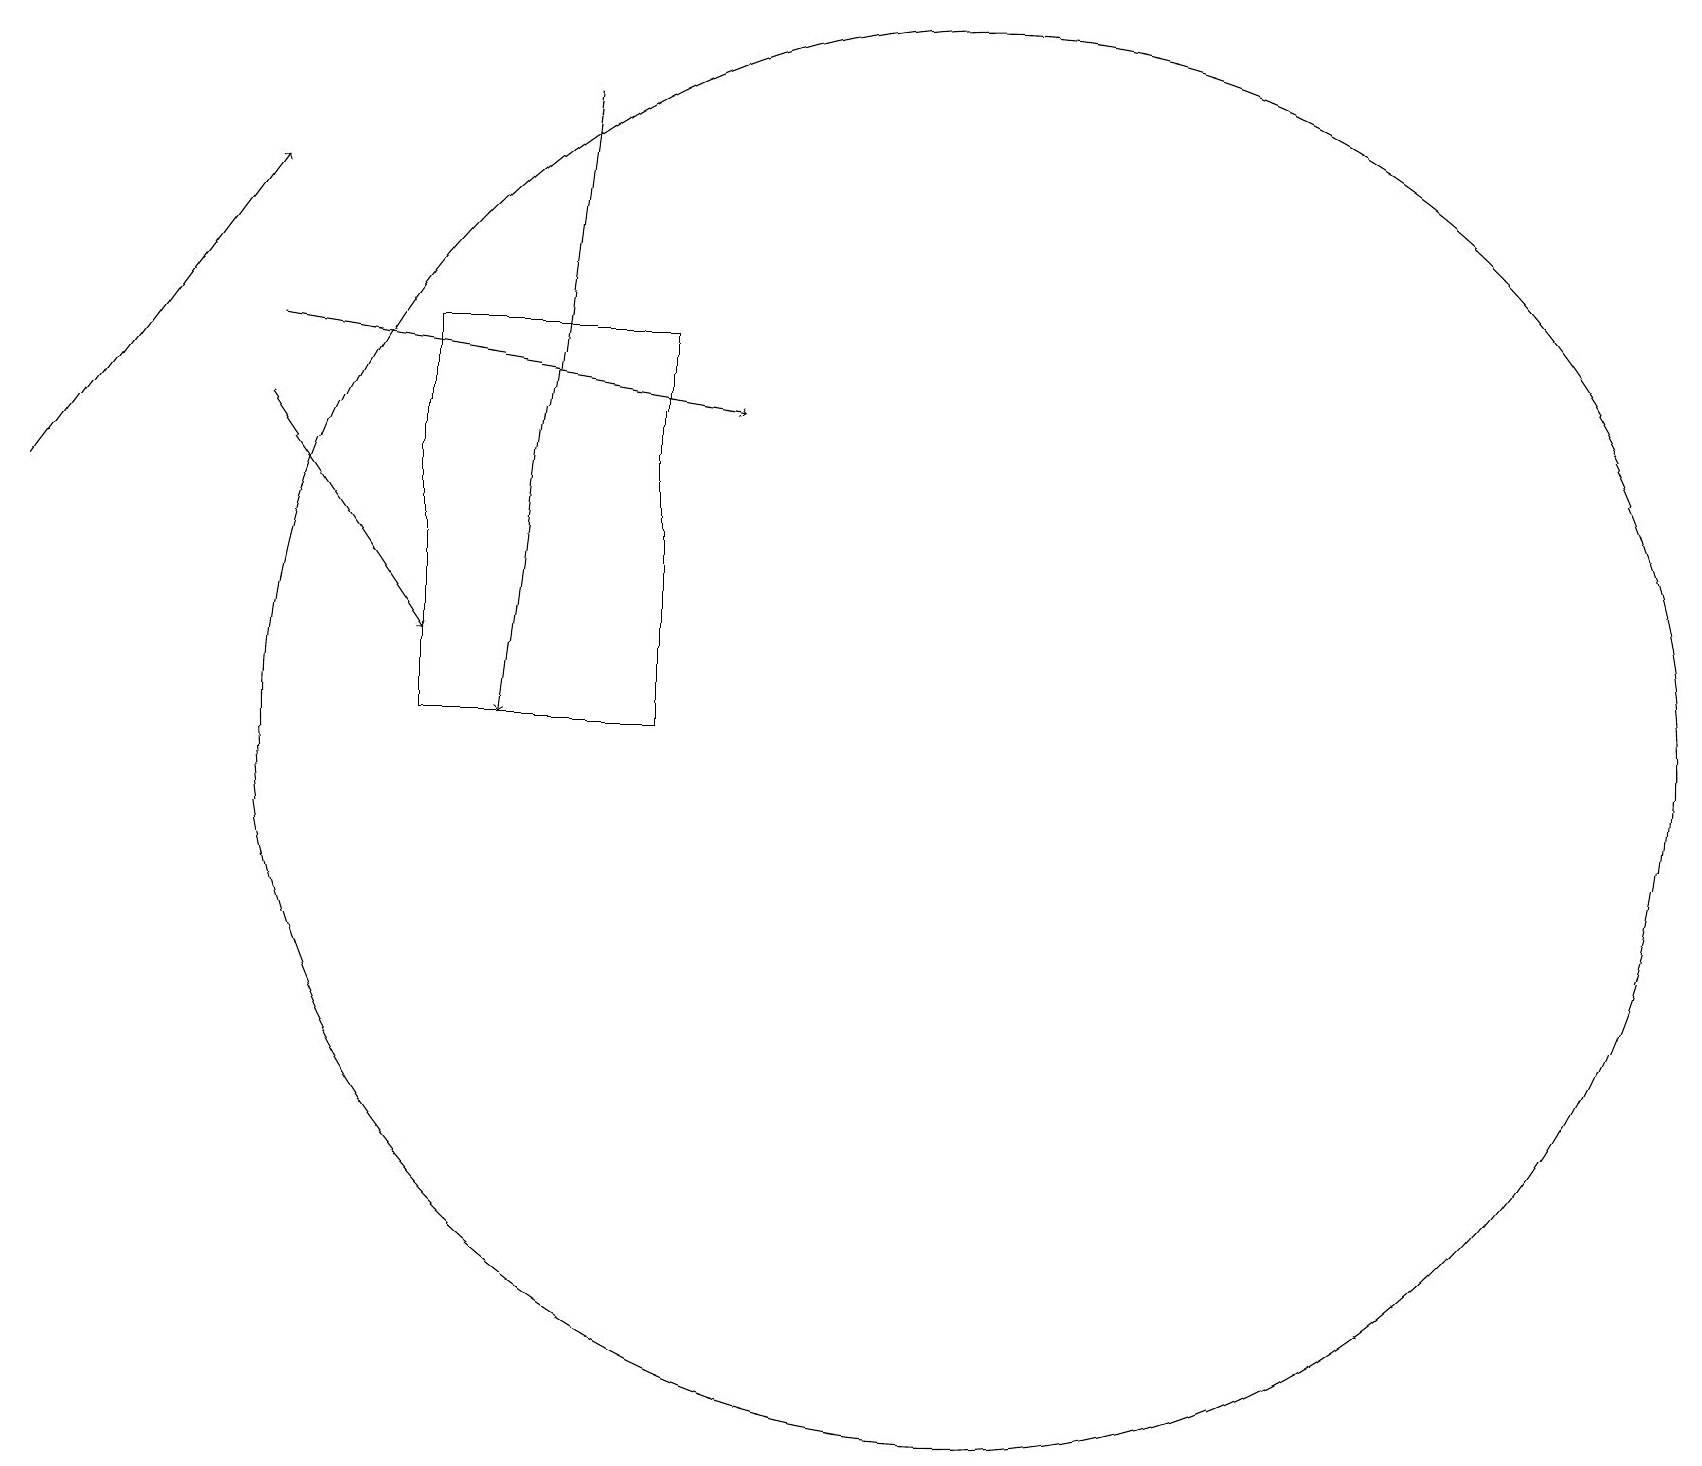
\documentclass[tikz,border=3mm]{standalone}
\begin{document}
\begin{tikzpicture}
\draw (8,15) rectangle (5,10);
\draw[->] (3,15) -- (9,14);
\draw[->] (7,18) -- (6,10);
\draw[->] (3,14) -- (5,11);
\draw (12,10) circle (9);
\draw[->] (0,13) -- (3,17);
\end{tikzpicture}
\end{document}